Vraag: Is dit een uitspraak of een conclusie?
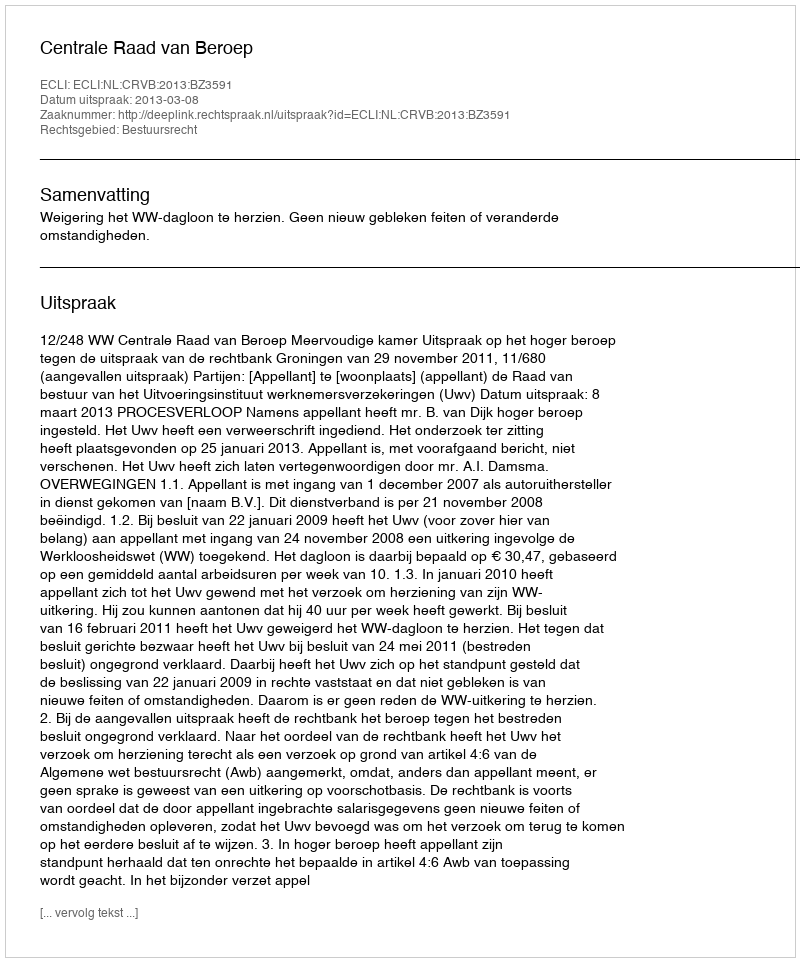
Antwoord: Uitspraak